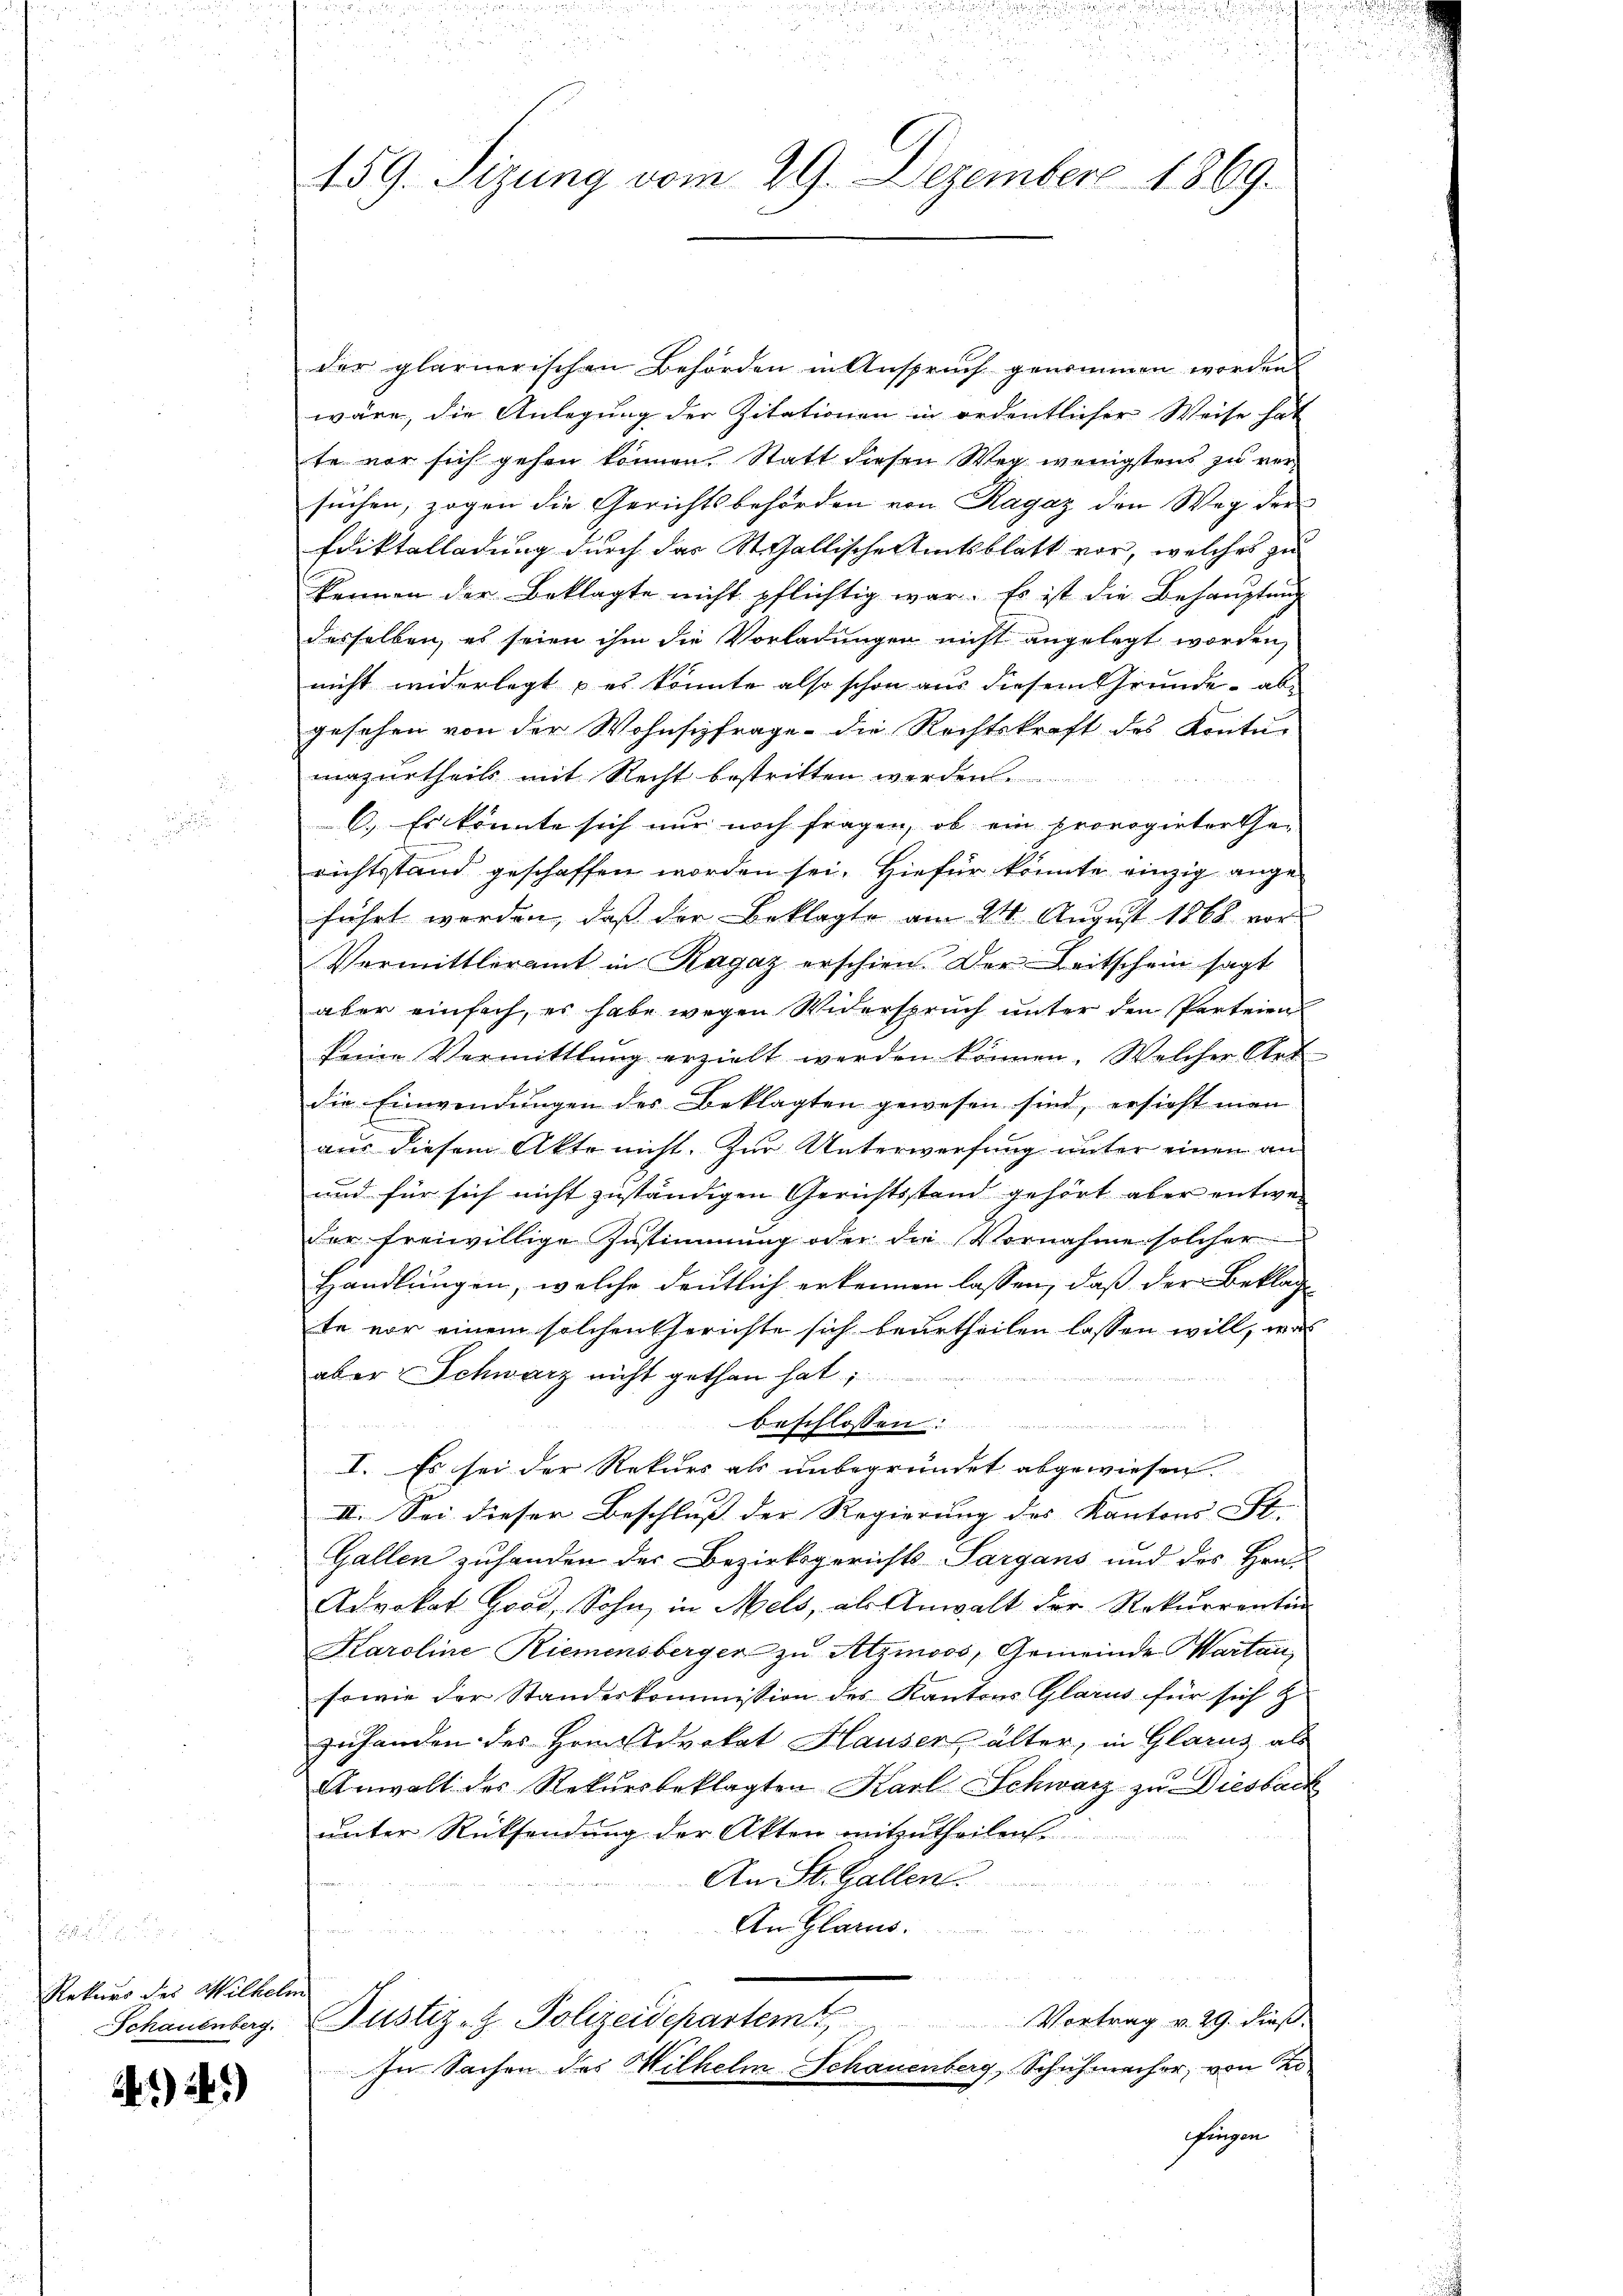
Rekurs des Wilhelm
Schauenberg.

) 2)

459. Sizung vom 29. Dezember 1869.

der glarnerischen Behörden in Anspruch genommen worden
wäre, die Anlegung der Zitationen in ordentlicher Weise hat
te vor sich gehen können. Statt diesen Weg wenigstens zu versuchen, zogen die Gerichtsbehörden von Ragaz den Weg der
Ediktalladung durch das Stallische Amtsblatt vor, welches zu
kennen der Beklagte nicht pflichtig war. Es ist die Behauptung
desselben, es seien ihm die Vorladungen nicht angelegt worden,
nicht widerlegt es könnte also schon aus diesem Grunde, abgesehen von der Wohnsizfrage - die Rechtskraft des Kontu-
mazurtheils mit Recht bestritten werden.
6.) Es könnte sich nur noch fragen, ob ein prorogirter Ge-
richtsstand geschaffen worden sei. Hiefür könnte einzig angeführt worden, daß der Beklagte am 24. August 1868 vor
Vermittleramt in Ragaz erschien. Der Leitschein sagt
aber einfach, es habe wegen Widerspruch unter den Parteien
seine Vermittlung erzielt werden können. Welcher Art
die Einwendungen des Beklagten gewesen sind, ersieht man
aus diesem Akte nicht. Zur Unterwerfung unter einen an
und für sich nicht zuständigen Gerichtsstand gehört aber entweder freiwillige Zustimmung oder die Vornahme solcher
Handlungen, welche deutlich erkennen lassen, daß der Beklage
te vor einem solchen Gerichte sich beurtheilen lassen will, was
aber Schwarz nicht gethan hat;
Anschlossen
I. Es sei der Rekurs als unbegründet abgewiesen. |
II. Sei dieser Beschluß der Regierung des Kantons St.
Gallen zuhanden der Bezirksgerichts-Sargans und des Hrn.
Advokat Good, Sohn, in Mels, als Anwalt der Rekurrenten
Karoline Riemensberger zu Atzmoos, Gemeinde Wartau
sowie der Standeskommission des Kantons Glarus für sich z
zuhanden des Hrnn Advokat Hauser, alter, in Glarus als
Anwalt des Rekursbeklagten Karl Schwarz zu Diesback
unter Rücksendung der Akten mitzutheilen.
An St. Gallen.
An Glarus.
Justiz- & Polizeidepartem Vortrag v. 29. dieß.
In Sachen des Wilhelm Schauenberg, Schuhmacher, von Zo
ingen